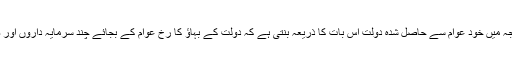
اس طرح سودی معاشیات کے نتیجہ میں خود عوام سے حاصل شدہ دولت اس بات کا ذریعہ بنتی ہے کہ دولت کے بہاؤ کا رخ عوام کے بجائے چند سرمایہ داروں اور صنعت کاروں کی طرف ہوجائے۔